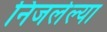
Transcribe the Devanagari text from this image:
निजलेल्या